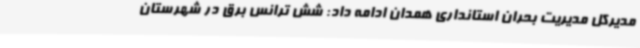
مدیرکل مدیریت بحران استانداری همدان ادامه داد: شش ترانس برق در شهرستان